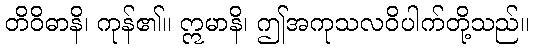
တိဝိဓာနိ၊ ကုန်၏။ ဣမာနိ၊ ဤအကုသလဝိပါက်တို့သည်။